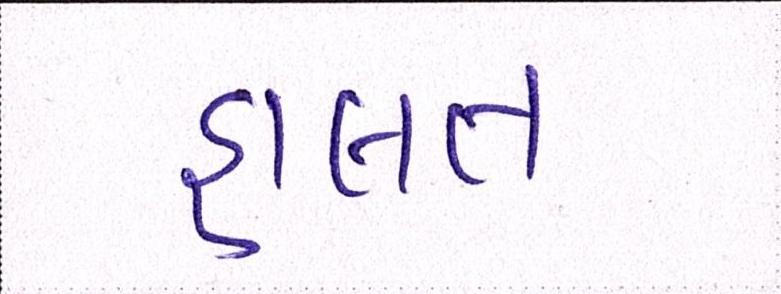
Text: હાલત